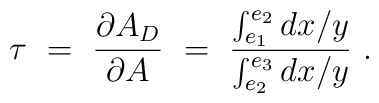
\tau \ =\ {\partial A_D \over \partial A} \ =\ {\int_{e_1}^{e_2} {dx / y} \over \int_{e_2}^{e_3} {dx / y}}\ .